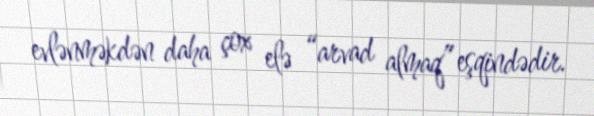
evlənməkdən daha çox elə “arvad almaq” eşqindədir.